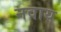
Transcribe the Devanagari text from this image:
नवाय